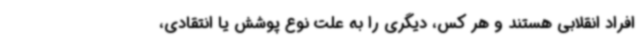
افراد انقلابی هستند و هر کس، دیگری را به علت نوع پوشش یا انتقادی،